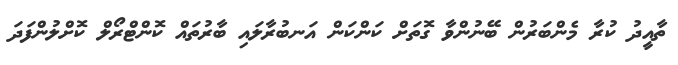
ތާއީދު ކުރާ މެންބަރުން ބޭނުންވާ ގޮތަށް ކަންކަން އަނބުރާލައި ބާރުތައް ކޮންޓްރޯލް ކޮށްލުންފަދަ